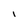
Character: I